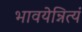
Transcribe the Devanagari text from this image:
भावयेन्नित्यं